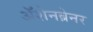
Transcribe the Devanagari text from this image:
ॲशेनब्रेनर